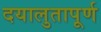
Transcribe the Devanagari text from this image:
दयालुतापूर्ण